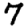
Digit: 7